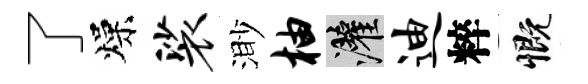
了燥裟渺柚灌迪粹慨